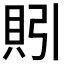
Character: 𰶻